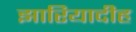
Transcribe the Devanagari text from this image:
झारियादीह